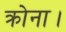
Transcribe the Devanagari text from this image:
क्रोना।